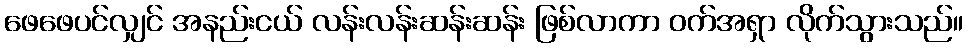
ဖေဖေပင်လျှင် အနည်းငယ် လန်းလန်းဆန်းဆန်း ဖြစ်လာကာ ဝက်အရှာ လိုက်သွားသည်။